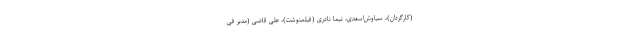
(کارگردان)، سیاوش‌اسعدی، نیما نادری (فیلمنوشت)، علی قاضی (مدیر فی